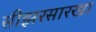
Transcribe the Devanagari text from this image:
सीझरसारखा